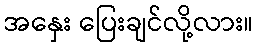
အနှေး ပြေးချင်လို့လား။